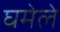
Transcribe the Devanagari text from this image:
घमेले